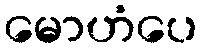
မောဟံပေ